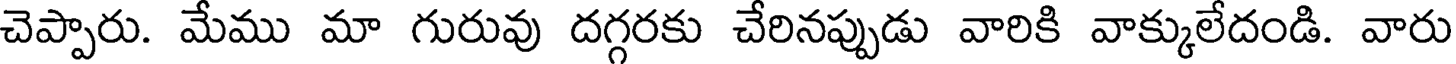
చెప్పారు. మేము మా గురువు దగ్గరకు చేరినప్పుడు వారికి వాక్కులేదండి. వారు